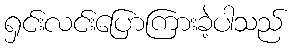
ရှင်းလင်းပြောကြားခဲ့ပါသည်